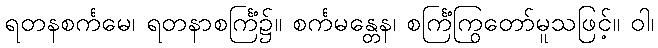
ရတနစင်္ကမေ၊ ရတနာစင်္ကြံ၌။ စင်္ကမန္တေန၊ စင်္ကြံကြွတော်မူသဖြင့်။ ဝါ၊